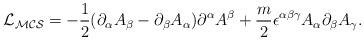
LaTeX: \begin{align*}{\cal {L}_{MCS}}=-\frac{1}{2}(\partial_{\alpha}A_{\beta}-\partial_{\beta}A_{\alpha})\partial^{\alpha}A^{\beta}+\frac{m}{2}\epsilon^{\alpha\beta\gamma}A_{\alpha}\partial_{\beta}A_{\gamma}.\end{align*}